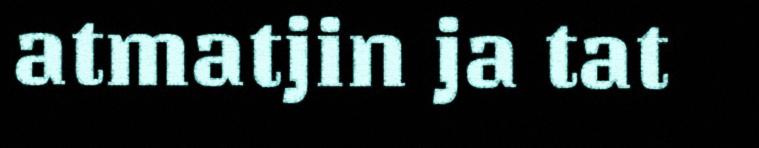
atmatjin ja tat